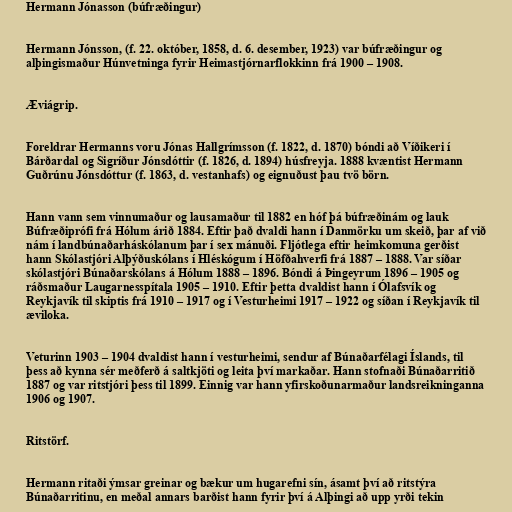
Hermann Jónasson (búfræðingur)

Hermann Jónsson, (f. 22. október, 1858, d. 6. desember, 1923) var búfræðingur og
alþingismaður Húnvetninga fyrir Heimastjórnarflokkinn frá 1900 – 1908.

Æviágrip.

Foreldrar Hermanns voru Jónas Hallgrímsson (f. 1822, d. 1870) bóndi að Víðikeri í
Bárðardal og Sigríður Jónsdóttir (f. 1826, d. 1894) húsfreyja. 1888 kvæntist Hermann
Guðrúnu Jónsdóttur (f. 1863, d. vestanhafs) og eignuðust þau tvö börn.

Hann vann sem vinnumaður og lausamaður til 1882 en hóf þá búfræðinám og lauk
Búfræðiprófi frá Hólum árið 1884. Eftir það dvaldi hann í Danmörku um skeið, þar af við
nám í landbúnaðarháskólanum þar í sex mánuði. Fljótlega eftir heimkomuna gerðist
hann Skólastjóri Alþýðuskólans í Hléskógum í Höfðahverfi frá 1887 – 1888. Var síðar
skólastjóri Búnaðarskólans á Hólum 1888 – 1896. Bóndi á Þingeyrum 1896 – 1905 og
ráðsmaður Laugarnesspítala 1905 – 1910. Eftir þetta dvaldist hann í Ólafsvík og
Reykjavík til skiptis frá 1910 – 1917 og í Vesturheimi 1917 – 1922 og síðan í Reykjavík til
æviloka.

Veturinn 1903 – 1904 dvaldist hann í vesturheimi, sendur af Búnaðarfélagi Íslands, til
þess að kynna sér meðferð á saltkjöti og leita því markaðar. Hann stofnaði Búnaðarritið
1887 og var ritstjóri þess til 1899. Einnig var hann yfirskoðunarmaður landsreikninganna
1906 og 1907.

Ritstörf.

Hermann ritaði ýmsar greinar og bækur um hugarefni sín, ásamt því að ritstýra
Búnaðarritinu, en meðal annars barðist hann fyrir því á Alþingi að upp yrði tekin